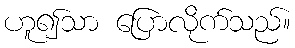
ဟူ၍သာ ပြောလိုက်သည်။